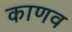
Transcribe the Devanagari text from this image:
काणव